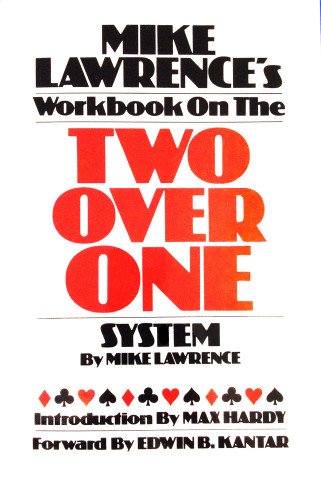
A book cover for Mike Lawrence's Workbook on the Two Over One System; Mike Lawrence; Humor & Entertainment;